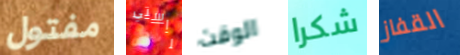
مفتول راستي الوقت شكرا القفاز